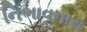
નિભાવનારા